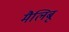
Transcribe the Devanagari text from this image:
मैलिबू